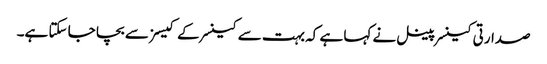
صدارتی کینسر پینل نے کہا ہے کہ بہت سے کینسر کے کیسز سے بچا جا سکتا ہے۔